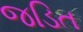
જડિત